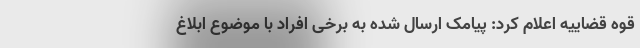
قوه قضاییه اعلام کرد: ‌پیامک ارسال شده به برخی افراد با موضوع ابلاغ